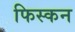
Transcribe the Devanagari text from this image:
फिस्कन